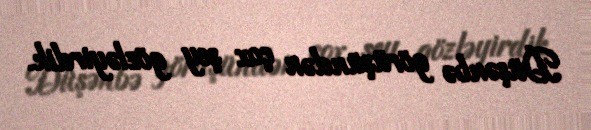
Düşənbə görüşündən çox şey gözləyirdik.